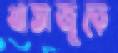
খাতাজুড়ে